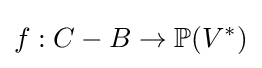
f:C-B\to \mathbb {P} (V^{*})